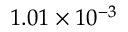
1 . 0 1 \times 1 0 ^ { - 3 }